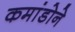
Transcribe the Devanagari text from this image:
कमांडोने